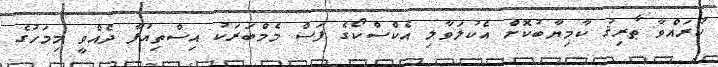
ކުރައްވާ ޠާރިޤު ކާމިޔާބުކޮށް އެކުލަވާލި އެކްސްކޯގެ ފަސް މެމްބަރަކު އިސްތިއުފާ ދެއްވީ މިމަހުގެ